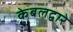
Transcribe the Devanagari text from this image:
केबलद्वारे